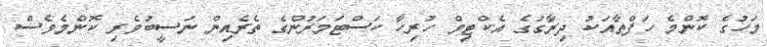
މަހުގެ ކޮންމެ ހަފްތާއަކު ދިރާގުގެ އެކްޓިވް ހުރިހާ ކަސްޓަމަރުންގެ ތެރެއިން ނަސީބުވެރި ކޮންމެވެސް